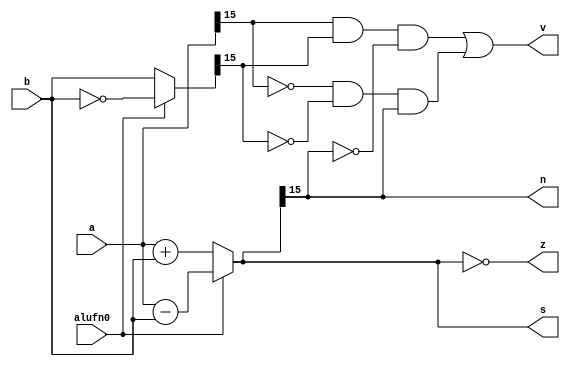
/*
   This file was generated automatically by the Mojo IDE version B1.3.6.
   Do not edit this file directly. Instead edit the original Lucid source.
   This is a temporary file and any changes made to it will be destroyed.
*/

module adder_30 (
    input [15:0] a,
    input [15:0] b,
    input alufn0,
    output reg [15:0] s,
    output reg z,
    output reg v,
    output reg n
  );
  
  
  
  reg [15:0] sum;
  
  reg [15:0] xb;
  
  always @* begin
    if (alufn0) begin
      xb = ~b;
      sum = a - b;
    end else begin
      xb = b;
      sum = a + b;
    end
    s = sum;
    z = (sum[0+15-:16] == 1'h0);
    v = (a[15+0-:1] & xb[15+0-:1] & !(sum[15+0-:1])) | (!(a[15+0-:1]) & !(xb[15+0-:1]) & sum[15+0-:1]);
    n = sum[15+0-:1];
  end
endmodule